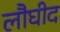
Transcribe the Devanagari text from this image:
लौघीद